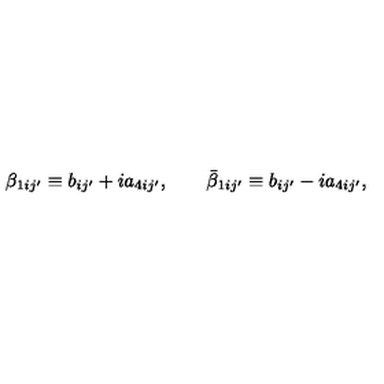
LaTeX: \beta _ { 1 i j ^ { \prime } } \equiv b _ { i j ^ { \prime } } + i a _ { 4 i j ^ { \prime } } , \qquad \bar { \beta } _ { 1 i j ^ { \prime } } \equiv b _ { i j ^ { \prime } } - i a _ { 4 i j ^ { \prime } } ,